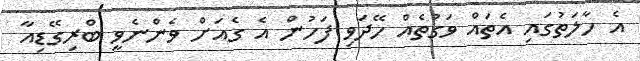
އެ ހާލަތުގައި އެތައް ވަގުތެއް ހޭދަވި ފަހުން އެ ގެއަށް ވެންނެވީ ބްރިގޭޑިއާ